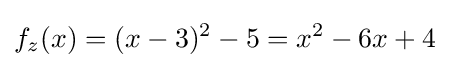
f_{z}(x)=(x-3)^{2}-5=x^{2}-6x+4